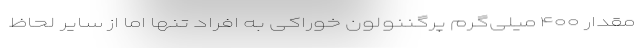
مقدار ۴۰۰ میلی‌گرم پرگننولون خوراکی به افراد تنها اما از سایر لحاظ